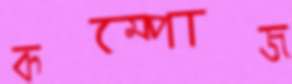
কম্পোজ